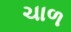
ચાળ